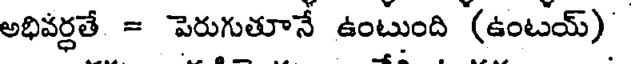
అభివర్ధతే = పెరుగుతూనే ఉంటుంది (ఉంటయ్)